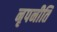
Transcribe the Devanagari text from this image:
नृपनीति